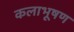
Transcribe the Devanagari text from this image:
कलाभूषण